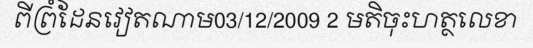
ពីព្រំដែនវៀតណាម03/12/2009 2 មតិចុះហត្ថលេខា